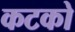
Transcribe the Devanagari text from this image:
कटको